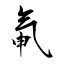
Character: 氠